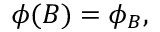
\phi ( B ) = \phi _ { B } ,